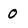
Character: 0